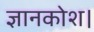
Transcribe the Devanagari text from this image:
ज्ञानकोश।